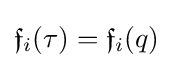
{\mathfrak {f}}_{i}(\tau )={\mathfrak {f}}_{i}(q)